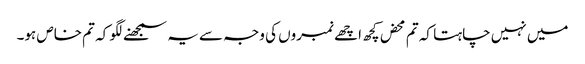
میں نہیں چاہتا کہ تم محض کچھ اچھے نمبروں کی وجہ سے یہ سمجھنے لگو کہ تم خاص ہو۔